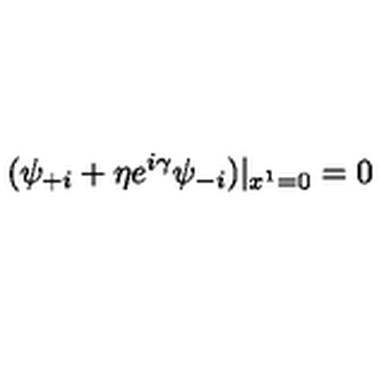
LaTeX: ( \psi _ { + i } + \eta e ^ { i \gamma } \psi _ { - i } ) | _ { x ^ { 1 } = 0 } = 0